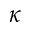
\kappa